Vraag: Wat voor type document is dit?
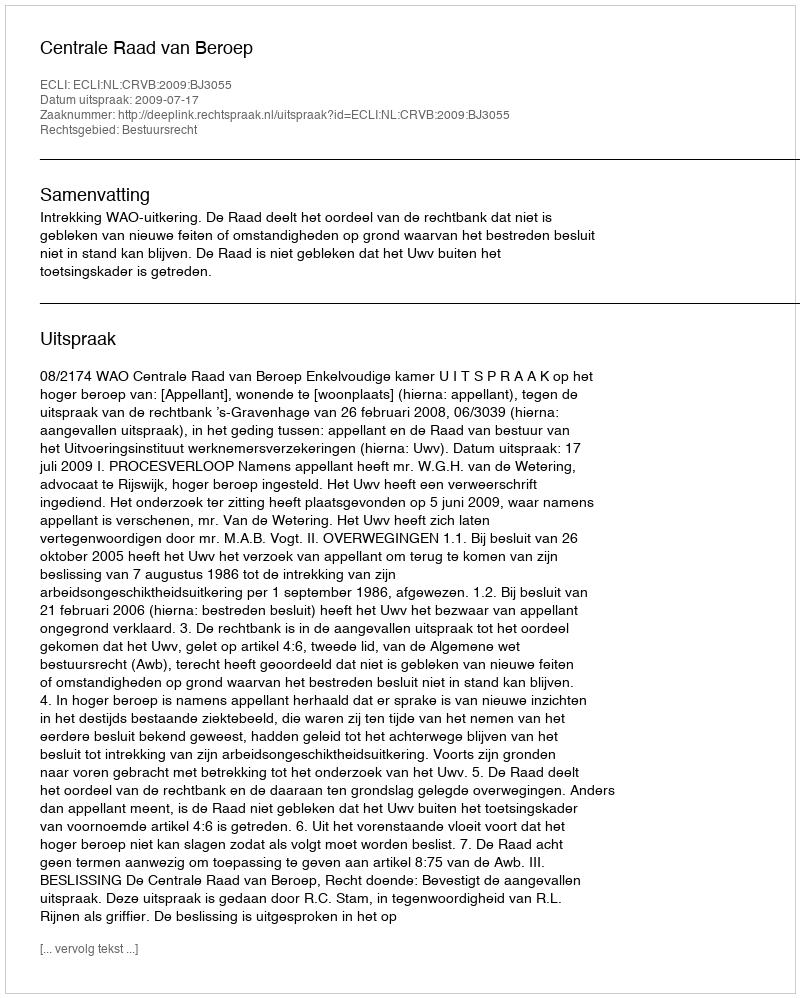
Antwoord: Uitspraak